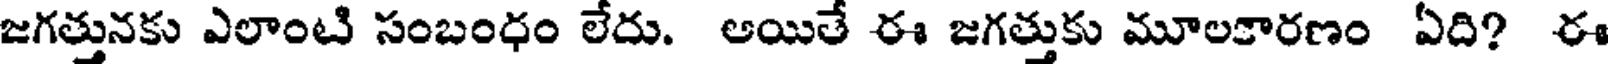
జగత్తునకు ఎలాంటి సంబంధం లేదు. ఆయితే ఈ జగత్తుకు మూలకారణం ఏది? ఈ